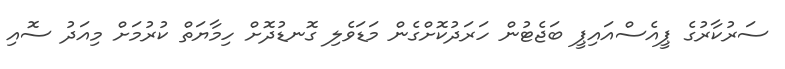
ސަރުކާރުގެ ޕީއެސްއައިޕީ ބަޖެޓުން ހަރަދުކޮށްގެން މަޑަވެލި ގޮނޑުދޮށް ހިމާޔަތް ކުރުމަށް މިއަދު ސޮއި